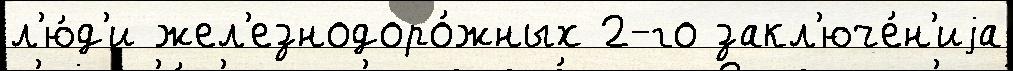
л'ю́д'и жел'езнодоро́жных 2-го закл'юче́н'иjа